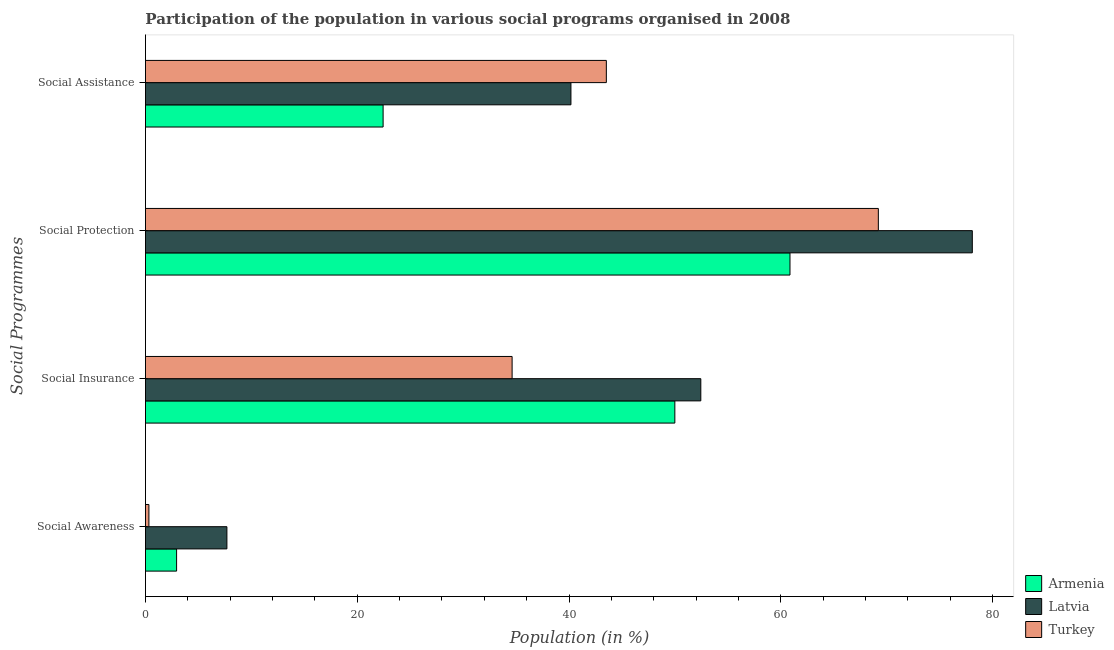
| Social Programmes | Armenia | Latvia | Turkey |
 | --- | --- | --- | --- |
 | Social Awareness | 2.94 | 7.69 | 0.326 |
 | Social Insurance | 50 | 52.4 | 34.6 |
 | Social Protection | 60.9 | 78.1 | 69.2 |
 | Social Assistance | 22.4 | 40.2 | 43.5 |